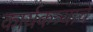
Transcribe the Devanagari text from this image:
कार्यकत्र्यांचे